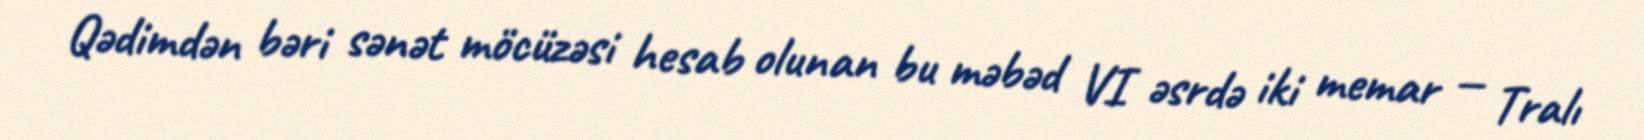
Qədimdən bəri sənət möcüzəsi hesab olunan bu məbəd VI əsrdə iki memar — Tralı